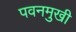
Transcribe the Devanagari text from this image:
पवनमुखी